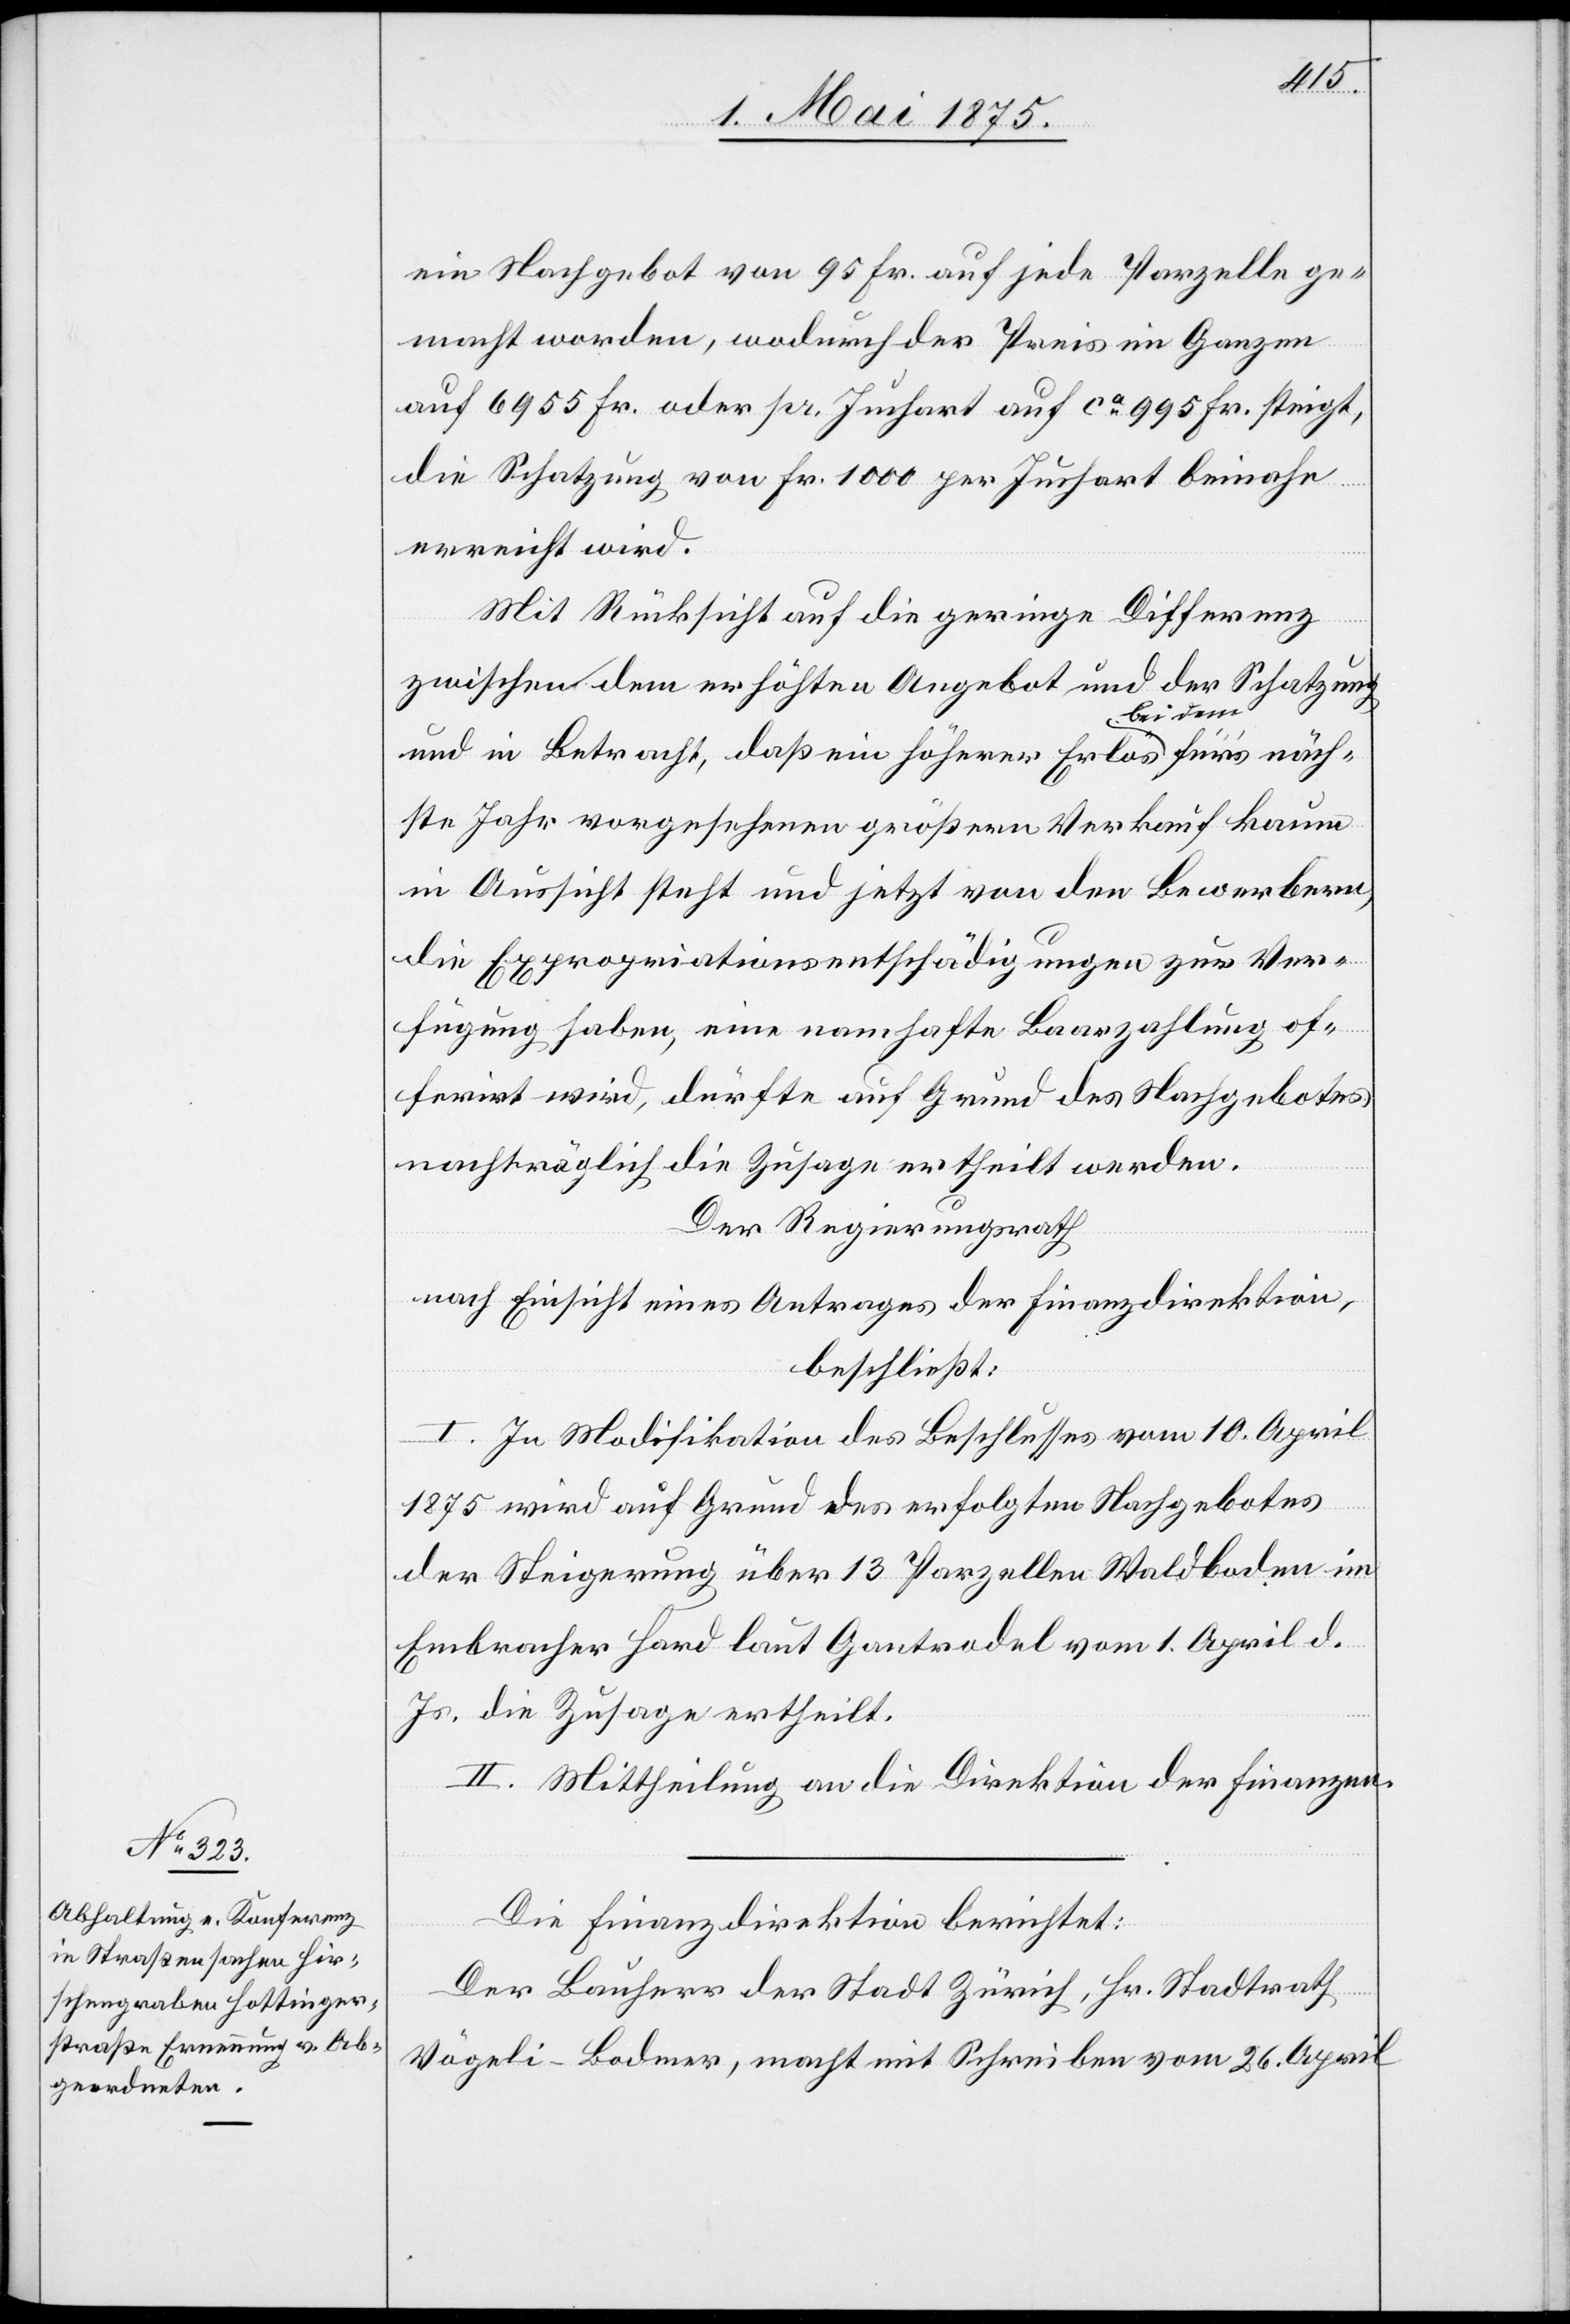
macht worden, wodurch der Preis im Ganzen
auf 6955 Fr. oder pr. Juchart auf ca 995 Fr. steigt,
die Schatzung von Fr. 1000 per Juchart beinahe
erreicht wird.
Mit Rücksicht auf die geringe Differenz
zwischen dem erhöhten Angebot und der Schatzung
und in Betracht, daß ein höherer Erlös a-bei de¬
ste Jahr vorgesehenen größern Verkauf Kaum
in Aussicht steht und jetzt von den Bewerbern,
die Expropriationsentschädigungen zur Ver¬
fügung haben, eine namhafte Baarzahlung of¬
ferirt wird, dürfte auf Grund des Nachgebotes
nachträglich die Zusage ertheilt werden.
Der Regierungsrath,
nach Einsicht eines Antrages der Finanzdirektion,
beschließt:
I. In Modifikation des Beschlusses vom 10. April
näch¬
1875 wird auf Grund des erfolgten Nachgebotes
der Steigerung über 13 Parzellen Waldboden im
Embracher Hard laut Gantrodel vom 1. April d.
Js. die Zusage ertheilt.
II. Mittheilung an die Direktion der Finanzen.
Die Finanzdirektion berichtet:
Der Bauherr der Stadt Zürich, Hr. Stadtrath
Vögeli-Bodmer, macht mit Schreiben vom 26. April